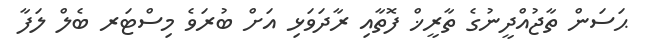
ޙަސަން ތާޖުއްދީނުގެ ތާރީޚް ފޮތާއި ރާދަވަޅި އަށް ބުރަވެ މިސްޓަރ ބެލް ލަފާ